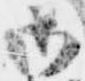
御